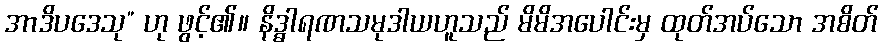
အာဒိပဒေသု” ဟု ဖွင့်၏။ နိဒ္ဓါရဏသမုဒါယဟူသည် မိမိအပေါင်းမှ ထုတ်အပ်သော အစိတ်